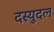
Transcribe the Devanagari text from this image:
दस्युदल